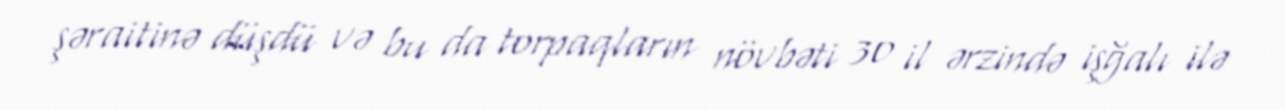
şəraitinə düşdü və bu da torpaqların növbəti 30 il ərzində işğalı ilə